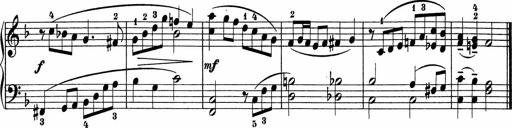
Title: 5 Sonatinen fÃ¼r die Jugend
Composer: Carl Reinecke